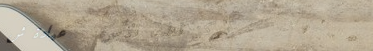
مركز لطب الأسرة   عيادة ش